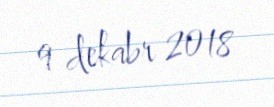
9 dekabr 2018